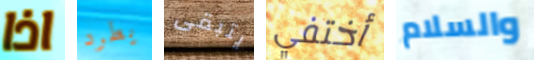
اذا يطرد يتبقى أختفي والسلام